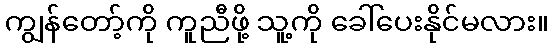
ကျွန်တော့်ကို ကူညီဖို့ သူ့ကို ခေါ်ပေးနိုင်မလား။